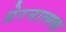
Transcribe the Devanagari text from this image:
प्रेरनात्मक